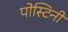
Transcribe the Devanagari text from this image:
पोस्टिनी